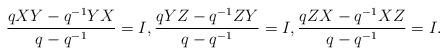
LaTeX: \begin{align*}\frac{qXY-q^{-1} YX}{q-q^{-1} } = I,\frac{qYZ-q^{-1} ZY}{q-q^{-1} } = I,\frac{qZX-q^{-1} XZ}{q-q^{-1} } = I.\end{align*}